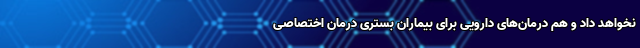
نخواهد داد و هم درمان‌های دارویی برای بیماران بستری درمان اختصاصی